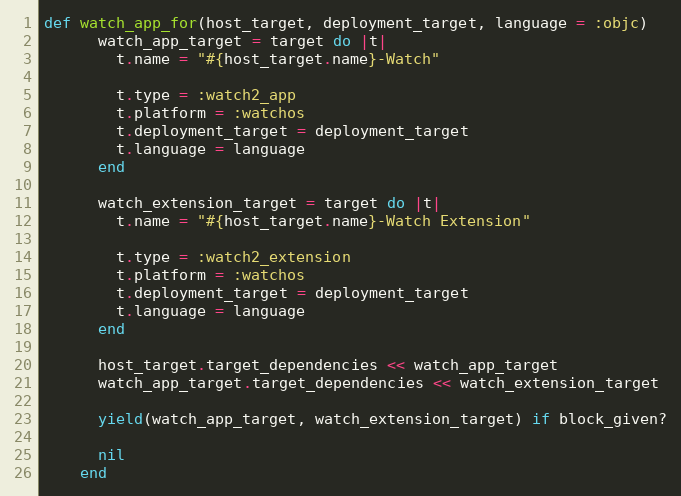
Language: Ruby
def watch_app_for(host_target, deployment_target, language = :objc)
      watch_app_target = target do |t|
        t.name = "#{host_target.name}-Watch"

        t.type = :watch2_app
        t.platform = :watchos
        t.deployment_target = deployment_target
        t.language = language
      end

      watch_extension_target = target do |t|
        t.name = "#{host_target.name}-Watch Extension"

        t.type = :watch2_extension
        t.platform = :watchos
        t.deployment_target = deployment_target
        t.language = language
      end

      host_target.target_dependencies << watch_app_target
      watch_app_target.target_dependencies << watch_extension_target

      yield(watch_app_target, watch_extension_target) if block_given?

      nil
    end